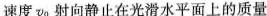
速度v_{0}射向静止在光滑水平面上的质量